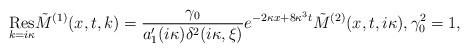
LaTeX: \begin{align*} \underset{k=i\kappa}{\rm Res}\tilde{M}^{(1)}(x,t,k)=\frac{\gamma_0}{a_{1}'(i\kappa)\delta^2(i\kappa,\xi)}e^{-2\kappa x+8\kappa^3t}\tilde{M}^{(2)}(x,t,i\kappa), \gamma_0^2=1, \end{align*}